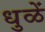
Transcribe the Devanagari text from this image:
धुळें